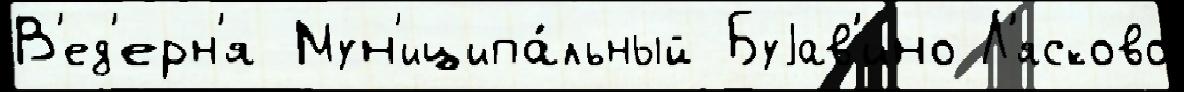
В'ед'ерн'я Мун'иципа́льный Буjав'ино Л'ясково